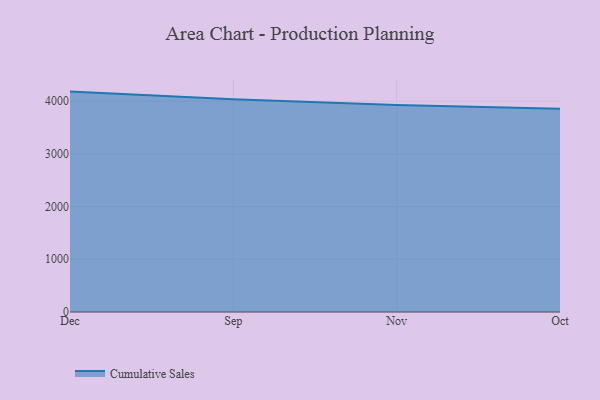
{"axis": {"x": "Month", "y": "Backlog"}, "legend": ["Cumulative Sales"], "data": [{"x": "Dec", "y": 4181.3, "type": "Cumulative Sales"}, {"x": "Sep", "y": 4036.6, "type": "Cumulative Sales"}, {"x": "Nov", "y": 3926.9, "type": "Cumulative Sales"}, {"x": "Oct", "y": 3855.4, "type": "Cumulative Sales"}]}